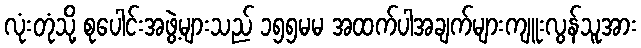
လုံးတုံသို့ စုပေါင်းအဖွဲ့များသည် ၁၅၅မမ အထက်ပါအချက်များကျူးလွန်သူအား